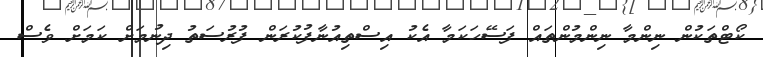
ކޯޓްތަކުން ނިންމާ ނިންމުންތައް ފަސޭހަކަމާ އެކު އިސްތިއުނާފުކުރަން ފުރުސަތު ދިނުމަށް ކަމަށް ވެސް